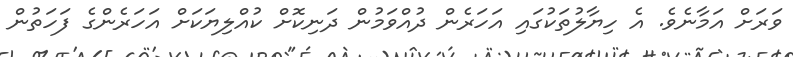
ވަރަށް އަމާނެވެ. އެ ހިޔާލުތަކުގައި އަހަރެން ދުއްވަމުން ދަނިކޮށް ކުއްލިޔަކަށް އަހަރެންގެ ފަހަތުން